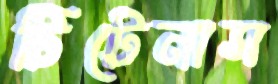
টিটেনাস